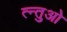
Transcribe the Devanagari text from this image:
त्न्तुओ